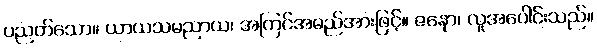
ပညတ်သော။ ယာယသမညာယ၊ အကြင်အမည်အားဖြင့်။ ဇနော၊ လူအပေါင်းသည်။